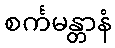
စင်္ကမန္တာနံ